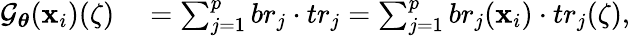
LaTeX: \begin{array}{rl}{\mathcal G_{\boldsymbol\theta}(\mathbf{x}_{i})(\zeta)}&{{}=\sum_{j=1}^{p}br_{j}\cdot tr_{j}=\sum_{j=1}^{p}br_{j}(\mathbf{x}_{i})\cdot tr_{j}(\zeta),}\end{array}